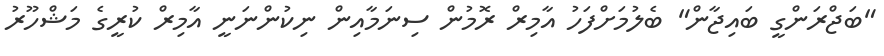
"ބަޖްރަންގީ ބައިޖާން" ބެލުމަށްފަހު އާމިރް ރޮމުން ސިނަމާއިން ނިކުންނަނީ އާމިރް ކުރީގެ މަޝްހޫރު